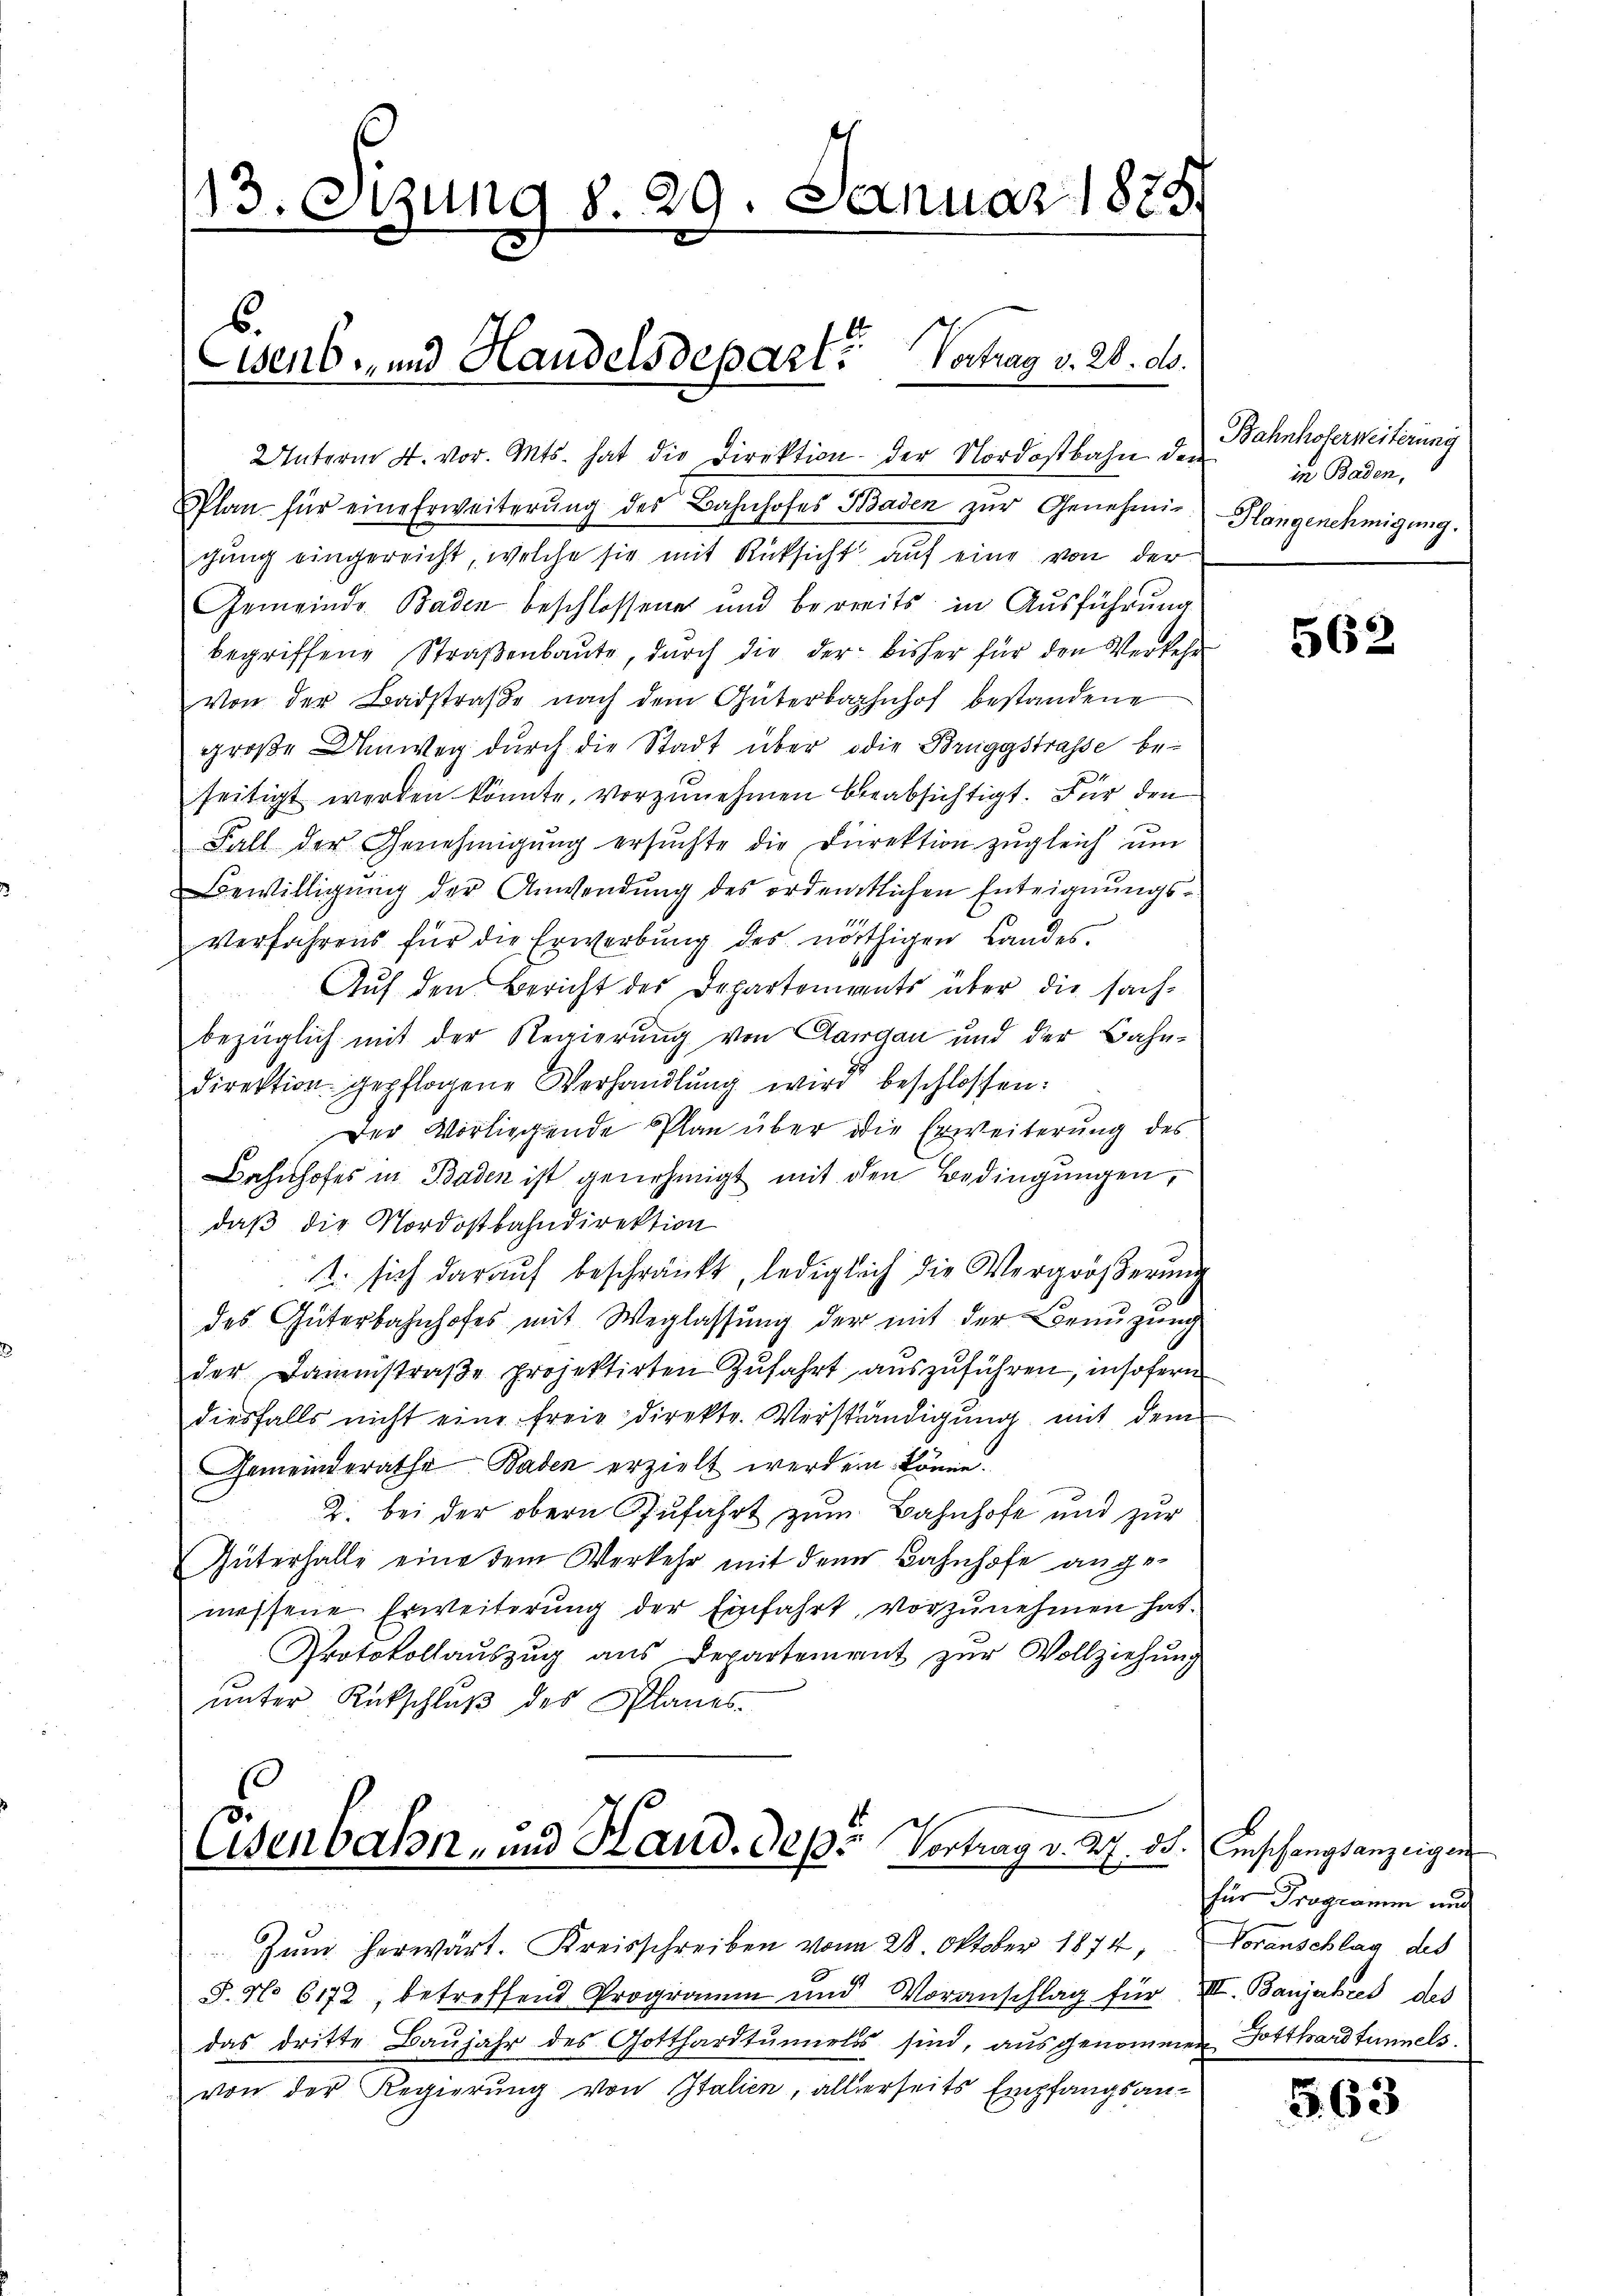
13. Sizung d. 29. Januar 1879

Eisens- und Handelsdeparte Vortrag v. 20. ds.

Unterm 4. vor. Mts. hat die Direktion der Nordostbahn der
Plan für eine Erweiterŭng des Bahnhofes Baden zŭr Genehmig-Plangenehmigung.
gung eingereicht, welche sie mit Rücksicht auf eine von der
Gemeinde Baden beschlossene und bereits in Ausführung
begriffene Straßenbaute, durch die der bisher für den Verkehr
Von der Badstraße nach dem Güterbahnhof bestandene
große Unweg durch die Stadt über die Bruggstrasse be-
seitigt werden könnte, vorzunehmen beabsichtigt. Für den
Fall der Genehmigŭng ersŭchte die Direktion zŭgleich ŭm
Bewilligung der Anwendung des ordentlichen Enteignungs¬
111
Verfahrens für die Erwerbung des nöthigen Landes-
Auf den Bericht des Departements über die sachbezüglich mit der Regierung von Aargau und der Bahn-
direktion gepflogene Verhandlung wird beschlossen:
Der Vorliegende Plan über die Erweiterung des
Bahnhofes in Baden ist genehmigt mit den Bedingungen,
daß die Nordostbahndirektion
1. sich darauf beschränkt, lediglich die Vergrößerung
des Güterbahnhofes mit Weglassŭng der mit der Bornŭgŭng
der Dammstraβe projektirten Zufahrt auszuführen, insofern
diesfalls nicht eine freie Direktr. Verständigung mit dem
Gemeinderathe Baden erzielt werden könne.
2. bei der obern Zufahrt zum Bahnhofe und zur
Güterhalle eine dem Verkehr mit dem Bahnhofe angemessene Erweiterung der Einfahrt, vorzunehmen hat.
Protokollauszug aus Departement zur Vollziehung
ŭnter Rückschluß des Planes.

.
Eisenbahn- und Stand. Depe Vortrag v. 2. 55.
3 24 x
Zum herwärt. Kreisschreiben vom 28. Oktober 1874, Voranschlag des

Bahnhoferweiterung
in Baden,

S. No 6172, betreffend Programm und Voranschlag für VII. Banjahres des
das dritte Baŭjahr des Gotthardtunnels sind, ausgenommen Dotthardtunnels.
von der Regierung von Italien, allerseits Empfangsan¬

562

Anschangsanzeigen
für Programm und

§ 63